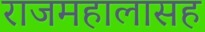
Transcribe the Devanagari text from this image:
राजमहालासह